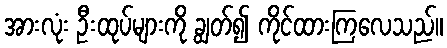
အားလုံး ဦးထုပ်များကို ချွတ်၍ ကိုင်ထားကြလေသည်။